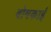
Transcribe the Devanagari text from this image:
बोमकाई